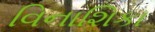
વિનાશિકા